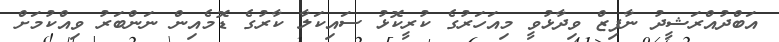
އަބްދުއްރަޝީދު ނާފިޒް ވިދާޅުވީ މިއަހަރުގެ ކުރީކޮޅު ސައިކަލާ ކާރުގެ ޑޮމެއިން ނަންބަރު ވިއްކުމަށް